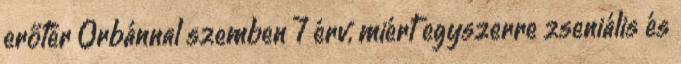
erőtér Orbánnal szemben 7 érv, miért egyszerre zseniális és